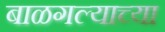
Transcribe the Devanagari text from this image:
बाळगल्याच्या